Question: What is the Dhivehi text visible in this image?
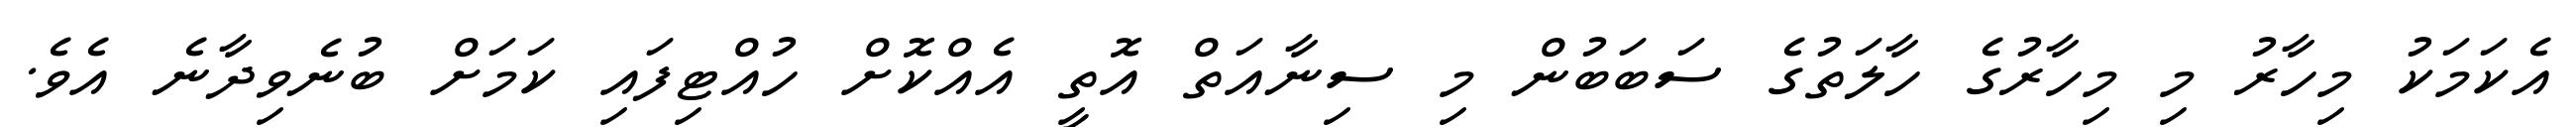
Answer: އެކަމަކު މިހާރު މި މިހާރުގެ ހާލަތުގެ ސަބަބުން މި ސިނާއަތް އޮތީ އެއްކޮށް ހުއްޓިފައި ކަމަށް ބުނެވިދާނެ އެވެ.